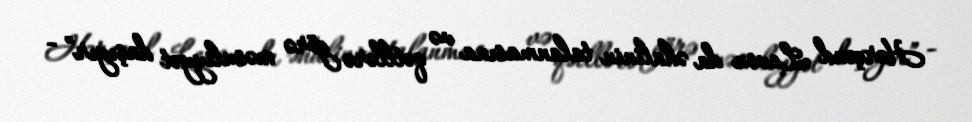
Hərçənd Levon da əhalinin talanmasına və qətllərə görə məsuliyyət daşıyır” -